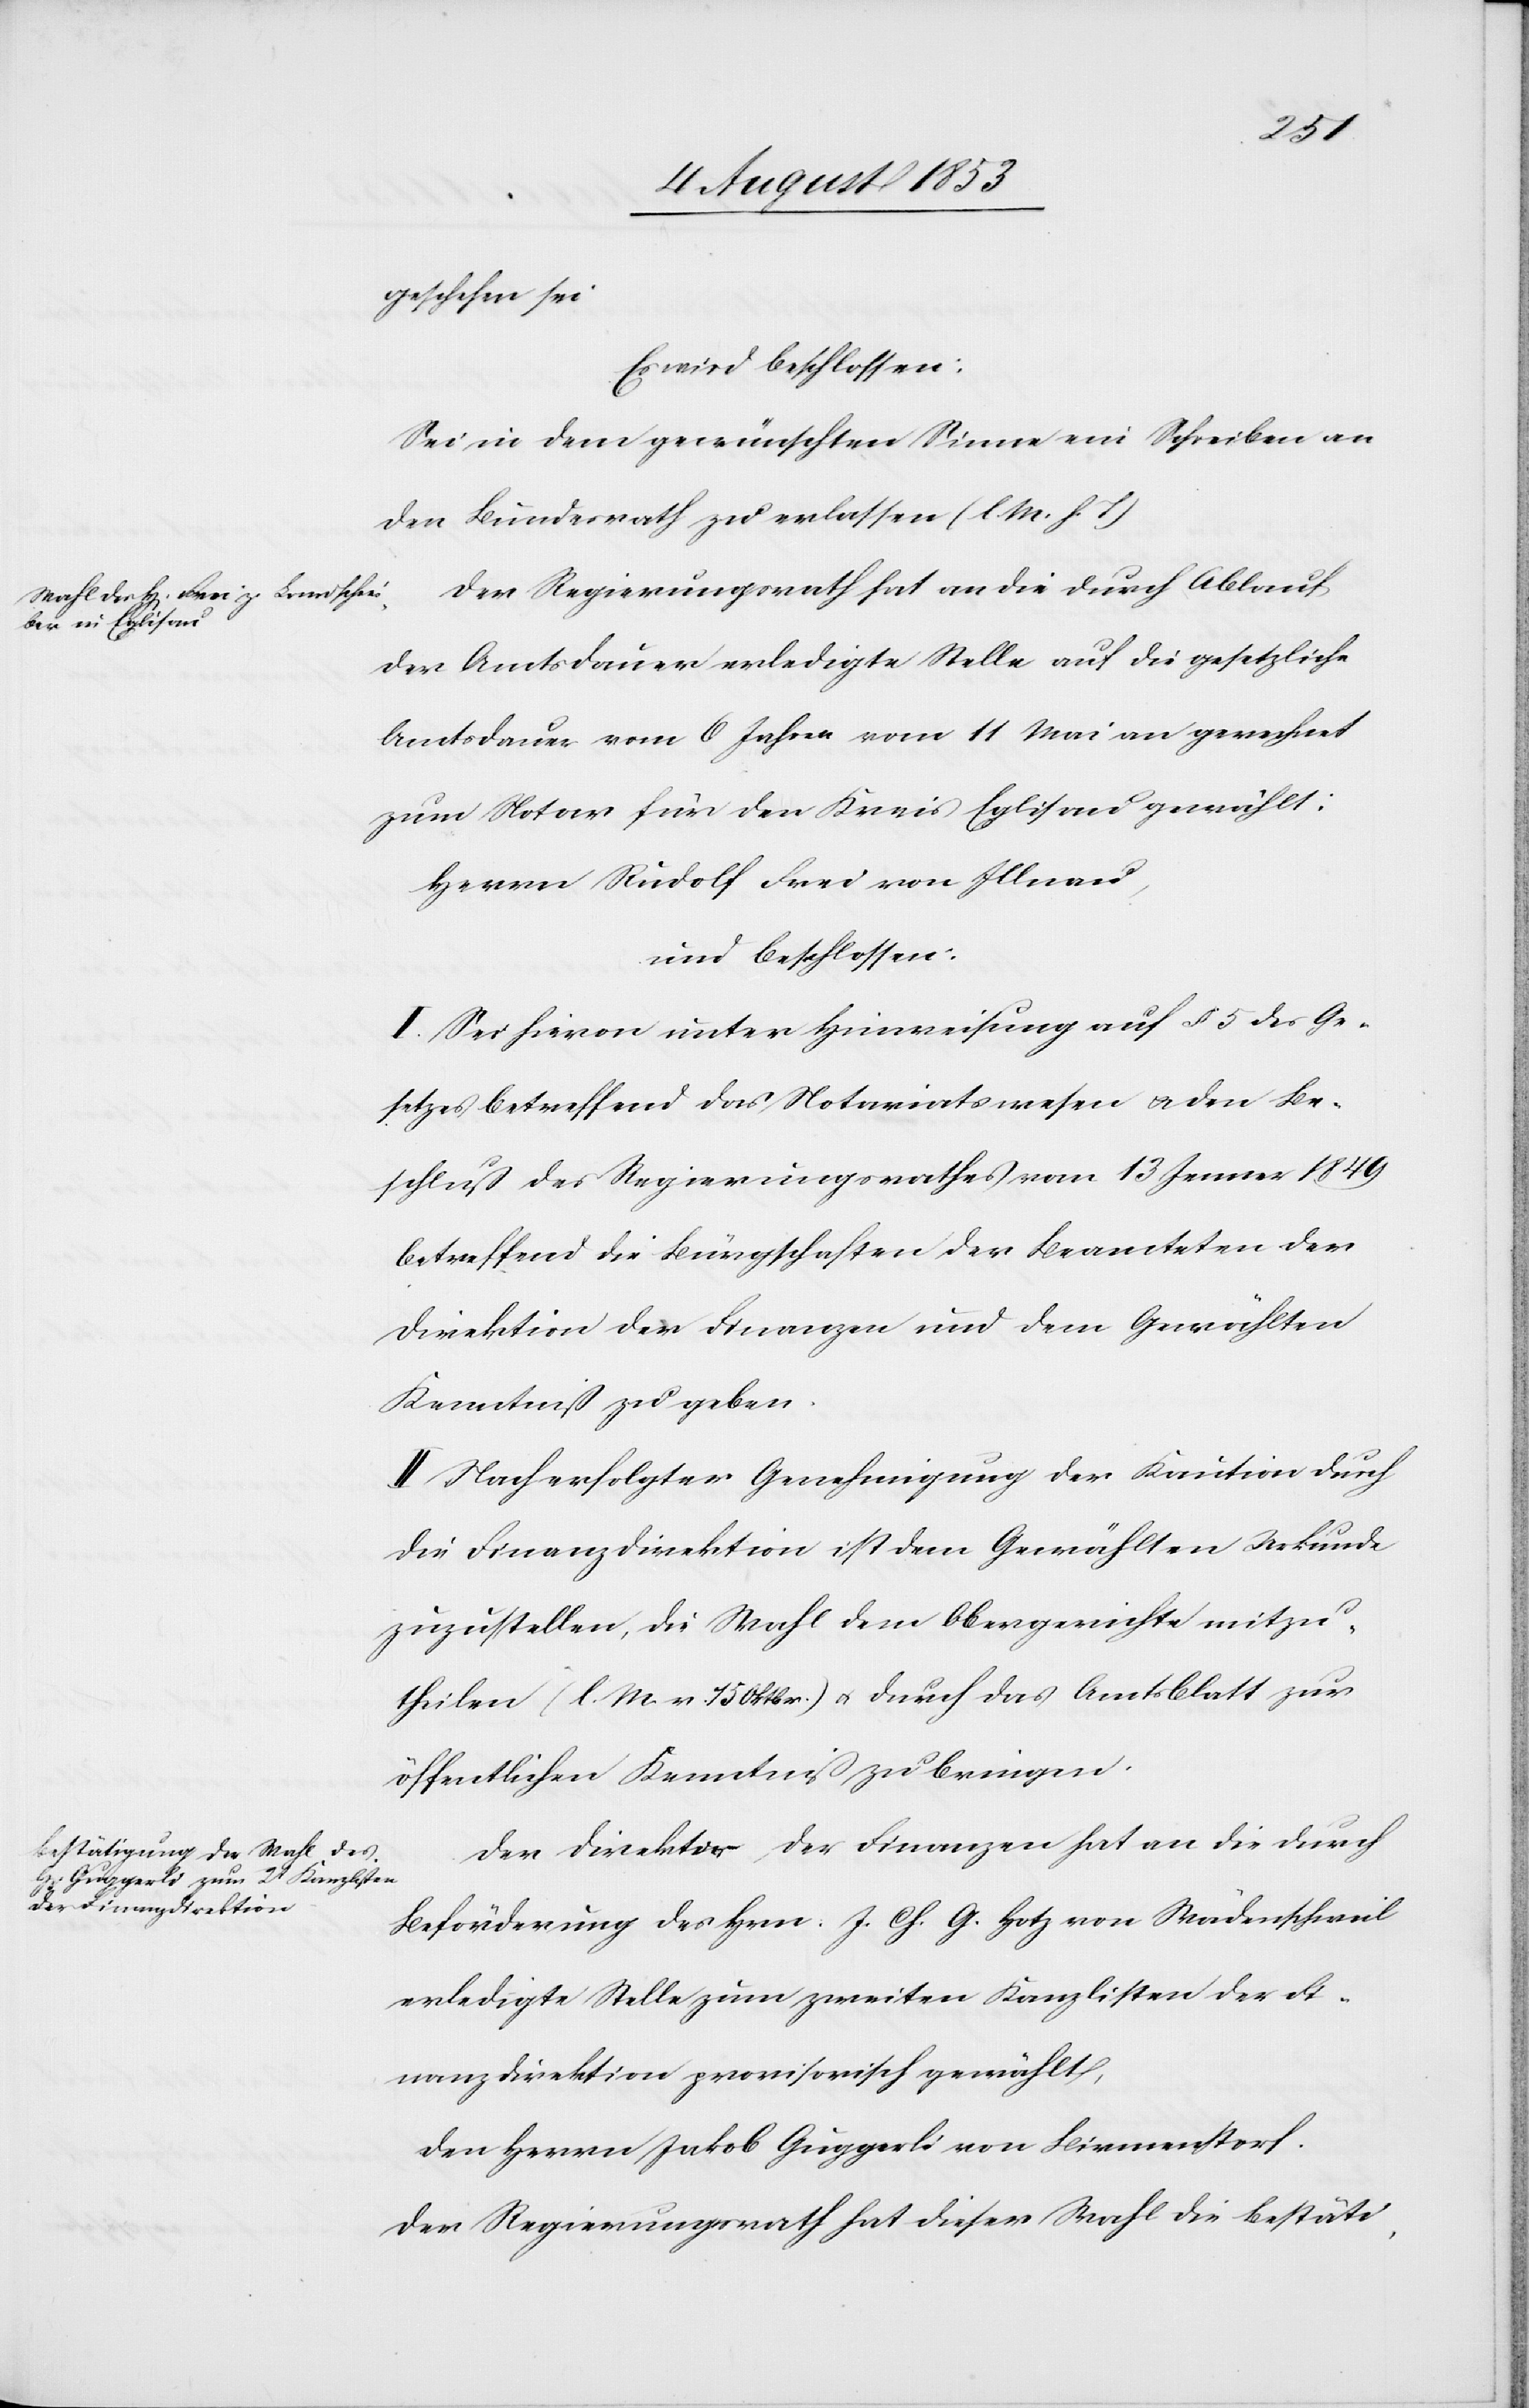
geschehen sei.
Es wird beschlossen:
Sei in dem gewünschten Sinne ein Schreiben an
den Bundesrath zu erlassen [l. M. h. T]
Der Regierungsrath hat an die durch Ablauf
der Amtsdauer erledigte Stelle auf die gesetzliche
Amtsdauer vom [sic!] 6 Jahren vom 11 Mai an gerechnet
zum Notar für den Kreis Eglisau gewählt:
Herrn Rudolf Frei von Illnau,
und beschlossen:
I. Sei hievon unter Hinweisung auf § 5 des Ge¬
setzes betreffend das Notariatswesen u. den Be¬
schluß des Regierungsrathes vom 13 Jenner 1849
betreffend die Bürgschaften der Beamteten der
Direktion der Finanzen und dem Gewählten
Kenntniß zu geben.
II. Nach erfolgter Genehmigung der Kaution durch
die Finanzdirektion ist dem Gewählten Urkunde
zuzustellen, die Wahl dem Obergerichte mitzu¬
theilen (l. M. v. 15 Oktbr.) u. durch das Amtsblatt zur
öffentlichen Kenntniß zu bringen.
Der Direktor der Finanzen hat an die durch
Beförderung des Hrn. J. Ch. G. Hotz von Wädenschweil
erledigte Stelle zum zweiten Kanzlisten der Fi¬
nanzdirektion provisorisch gewählt,
den Herrn Jakob Guggerli von Birmenstorf.
Der Regierungsrath hat dieser Wahl die Bestäti-